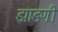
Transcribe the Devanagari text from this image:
झाडणी